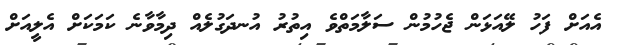
އެއަށް ފަހު ލޭއަޅަން ޖެހުމުން ސަލާމަތްވެ އިތުރު އުނދަގުލެއް ދިމާވާނެ ކަމަކަށް އެލީއަށް